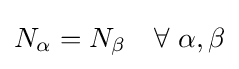
N_{\alpha }=N_{\beta }\quad \forall \ \alpha ,\beta